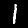
Label: 1